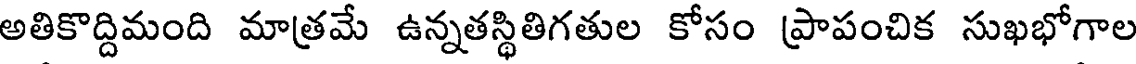
అతికొద్దిమంది మాత్రమే ఉన్నతస్థితిగతుల కోసం ప్రాపంచిక సుఖభోగాల